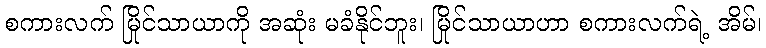
စကားလက် မြိုင်သာယာကို အဆုံး မခံနိုင်ဘူး၊ မြိုင်သာယာဟာ စကားလက်ရဲ့ အိမ်၊